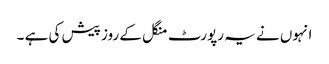
انہوں نے یہ رپورٹ منگل کے روز پیش کی ہے ۔